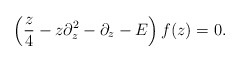
\begin{align*}\left({z\over 4}-z\partial_z^2 -\partial_z -E\right) f(z) = 0.\end{align*}